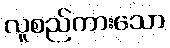
လူစည်ကားသော